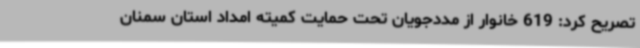
تصریح کرد: 619 خانوار از مددجویان تحت حمایت کمیته امداد استان سمنان